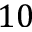
1 0